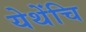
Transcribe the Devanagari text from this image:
येथेंचि